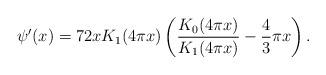
LaTeX: \begin{align*} \psi'(x) = 72 x K_{1}(4 \pi x) \left(\frac{K_{0}(4 \pi x)}{K_{1}(4 \pi x)} - \frac{4}{3} \pi x\right).\end{align*}